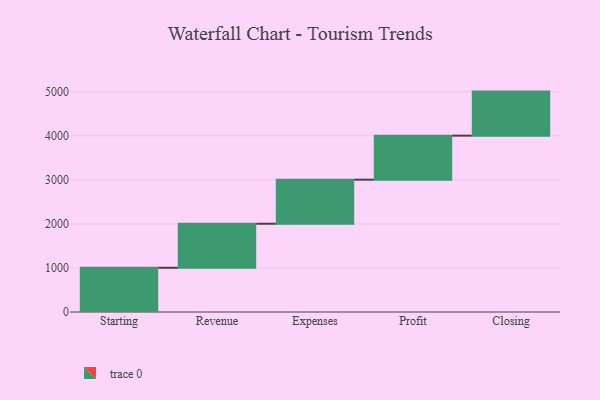
{"axis": {"x": "Step", "y": "Value"}, "legend": [""], "data": [{"x": "Starting", "y": 1004.0, "type": ""}, {"x": "Revenue", "y": 1000, "type": ""}, {"x": "Expenses", "y": 1000, "type": ""}, {"x": "Profit", "y": 1000, "type": ""}, {"x": "Closing", "y": 1000, "type": ""}]}